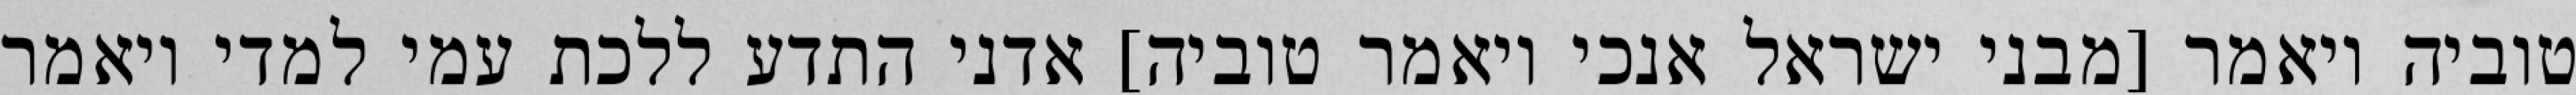
טוביה ויאמר [מבני ישראל אנכי ויאמר טוביה] אדני התדע ללכת עמי למדי ויאמר